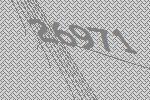
26971